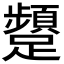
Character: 𮜫